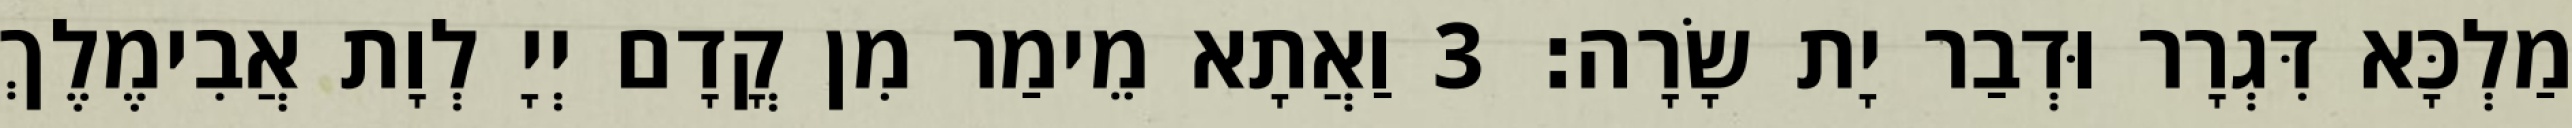
מַלְכָּא דִּגְרָר וּדְבַר יָת שָׂרָה׃ 3 וַאֲתָא מֵימַר מִן קֳדָם יְיָ לְוָת אֲבִימֶלֶךְ